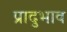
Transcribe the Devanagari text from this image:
प्रादुभाव